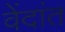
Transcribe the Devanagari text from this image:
वेंदांत